Annual report of the Civil Veterinary Department, Bengal, for the year 1897-98 - 1897-1898
Year: 1897
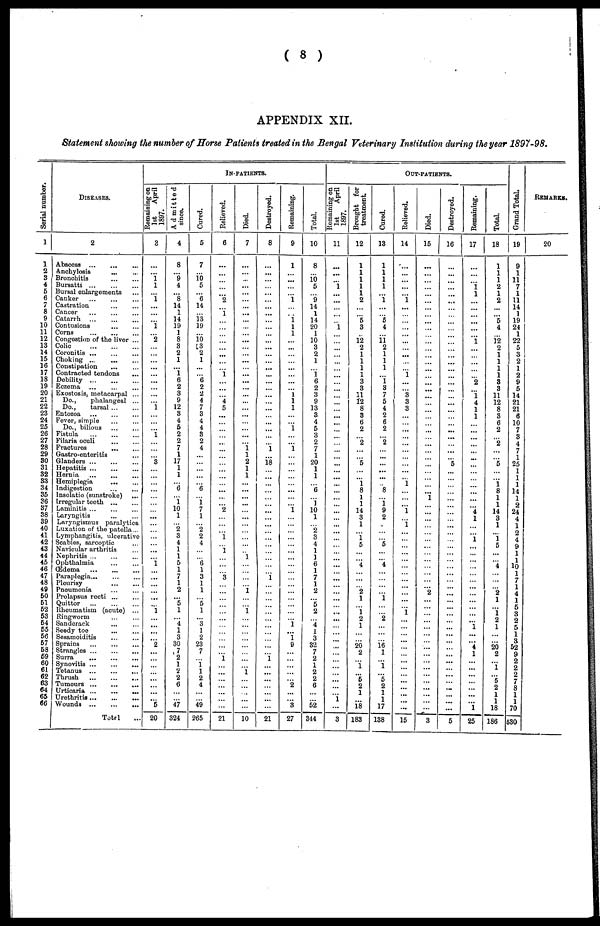
(
8
)
APPENDIX XII.
Statement
showing
the number
of Horse
Patients
treated
in the Bengal
Veterinary
Institution
during
the year
1897-98.
Serial number.
1
1
2
3
4
5
6
7
8
9
10
11
12
13
14
15
16
17
18
19
20
21
22
23
24
25
26
27
28
29
30
31
32
33
34
35
36
37
38
39
40
41
42
43
44
45
46
47
48
49
50
51
52
53
54
55
56
57
58
59
60
61
62
63 64
65
66
DISEASES.
2
Abscess ... ... ...
Anchylosis ... ...
Bronchitis
...
...
Bursatti
...
...
...
Bursal enlargements ...
Canker
...
...
...
Castration
...
...
Cancer
...
...
...
Catarrh ... ... ...
Contusions
...
...
...
Corns
...
...
...
Congestion of the liver ...
Colic
...
...
...
Coronitis
...
...
...
Choking ... ... ...
Constipation ... ...
Contracted tendons ...
Debility
...
...
...
Eczema ... ... ...
Exostosis, metacarpal ...
Do.,
phalangeal ...
Do.,
tarsal ... ...
Entozoa
...
...
...
Fever, simple ... ...
Do., bilious ... ...
Fistula
...
...
...
Filaria oculi
...
...
Fractures
...
...
Gastro-enteritis ...
Glanders
...
...
...
Hepatitis
...
...
...
Hernia
...
...
...
Hemiplegia
... ...
Indigestion
...
...
Insolatio (sunstroke) ...
Irregular teeth
...
...
Laminitis ... ... ...
Laryngitis ... ...
Laryngismus paralytica
Luxation of the patella...
Lymphangitis, ulcerative
Scabies, sarcoptic ...
Navicular arthritis ...
Nephritis
...
...
...
Ophthalmia ... ...
Œdema
...
...
...
Paraplegia... ... ...
Pleurisy ... ...
Pneumonia
...
...
Prolapsus recti
...
...
Quittor ... ... ...
Rheumatism (acute) ...
Ringworm ... ...
Sandcrack ... ...
Seedy
toe
...
...
Sesamoiditis ... ...
Sprains
...
...
...
Strangles
...
...
...
Surra
...
...
...
Synovitis
...
...
...
Tetanus ... ... ...
Thrush
...
...
...
Tumours ... ... ...
Urticaria
...
...
...
Urethritis ...
...
...
Wounds
...
...
...
Total ...
IN-PATIENTS.
Remaining on
1st
April
1897.
3
...
...
1
1
...
1
...
...
...
1
...
2
...
...
...
...
...
...
...
...
...
1
...
...
...
1
...
...
...
3
...
...
...
...
...
...
...
...
...
...
...
...
...
...
1
...
...
...
...
...
...
1
...
...
...
2
...
...
...
...
...
...
...
...
5
20
Admitted
since.
4
8
...
9
4
...
8
14
1
14
19
1
8
3
2
1
...
1
6
2
3
9
12
3
4
5
2
2
7
1
17
1
1
...
6
...
1
10
1
...
2
3
4
1
1
5
1
7
1
2
...
5
1
...
4
1
3
30
7
2
1
2
2
6
...
...
47
324
Cured.
5
7
...
16
5
...
6
14
...
13
19
...
10
13
2
1
...
...
6
2
2
4
7
3
4
4
3
2
4
...
...
...
...
...
6
...
1
7
1
...
2
2
4
...
...
6
1
3
1
1
...
5
1
...
3
1
2
23
7
...
1
1
2
4
...
...
49
265
Relieved.
6
...
...
...
...
...
2
...
1
...
...
...
...
...
...
...
...
1
...
...
...
4
5
...
...
...
...
...
...
...
...
...
...
...
...
...
...
2
...
...
...
1
...
1
...
...
...
3
...
...
...
...
...
...
...
...
...
...
...
1
...
...
...
...
...
...
...
21
Died.
7
...
...
...
...
...
...
...
...
...
...
...
...
...
...
...
...
...
...
...
...
...
...
...
...
...
...
...
1
1
2
1
1
...
...
...
...
...
...
...
...
...
...
...
1
...
...
...
...
1
...
...
1
...
...
...
...
...
...
...
...
1
...
...
...
...
...
10
Destroyed.
8
...
...
...
...
...
...
...
...
...
...
...
...
...
...
...
...
...
...
...
...
...
...
...
...
...
...
...
1
...
18
...
...
...
...
...
...
...
...
...
...
...
...
...
...
...
...
1
...
...
...
...
...
...
...
...
...
...
...
1
...
...
...
...
...
...
...
21
Remaining.
9
1
...
...
...
...
1
...
...
1
1
1
...
...
...
...
...
...
...
...
1
1
1
...
...
1
...
...
1
...
...
...
...
...
...
...
...
1
...
...
...
...
...
...
...
...
...
...
...
...
...
...
...
...
1
...
1
9
...
...
...
...
... 2
...
...
3
27
Total.
10
8
...
10
5
...
9
14
1
14
20
1
10
3
2
1
...
1
6
2
3
9
13
3
4
5
3
2
7
1
20
1
1
...
6
...
1
10
1
...
2
3
4
1
1
6
1
7
1
2
...
5
2
...
4
1
3
32
7
2
1
2
2
6
...
...
52
344
OUT-PATIENTS.
Remaining on
1st
April
1897.
11
...
...
1
...
...
...
...
...
1
...
...
...
...
...
...
...
...
...
...
...
...
...
...
...
...
...
...
...
...
...
...
...
...
...
...
...
...
...
...
...
...
...
...
...
...
...
...
...
...
...
...
...
...
...
...
...
...
...
...
...
...
...
1
...
3
Brought for
treatment.
12
1
1
1
1
1
2
...
...
5
3
...
12
2
1
1
1
1
3
3
11
12
8
3
6
2
...
2
...
...
5
...
...
1
8
1
1
14
3
1
...
1
5
...
...
4
...
...
...
2
1
...
1
2
1
...
20
2
...
1
...
5
2
1
...
18
183
Cured.
13
1
1
1
1
...
1
...
...
5
4
...
11
2
1
1
1
...
1
3
7
5
4
2
6
2
...
2
...
...
...
...
...
...
8
...
1
9
2
...
...
...
5
...
...
4
...
...
...
...
1
...
...
2
...
...
16
1
...
1
...
5
2
1
1
17
138
Relieved.
14
...
...
...
...
...
1
...
...
...
...
...
...
...
...
...
...
1
...
...
3
3
3
...
...
...
...
...
...
...
...
...
...
1
...
...
...
1
...
1
...
...
...
...
...
...
...
...
...
...
...
...
1
...
...
...
...
...
...
...
...
...
...
...
...
...
15
Died.
15
...
...
...
...
...
...
...
...
...
...
...
...
...
...
...
...
...
...
...
...
...
...
...
...
...
...
...
...
...
...
...
...
...
...
1
...
...
...
...
...
...
...
...
...
...
...
...
...
2
...
...
...
...
...
...
...
...
...
...
...
...
...
...
...
...
3
Destroyed.
16
...
...
...
...
...
...
...
...
...
...
...
...
...
...
...
...
...
...
...
...
...
...
...
...
...
...
...
...
5
...
...
...
...
...
...
...
...
...
...
...
...
...
...
...
...
...
...
...
...
...
...
...
...
...
...
...
...
...
...
...
...
...
...
...
5
Remaining.
17
...
...
...
1
1
...
...
...
...
...
...
1
...
...
...
...
...
2
...
...
1 4
1
1
...
...
...
...
...
...
...
...
...
...
...
...
...
...
4 1
...
...
1
...
...
...
...
...
...
...
...
...
...
...
...
...
1 ...
4
1
...
...
...
...
...
...
...
1
25
Total.
18
1
1
1
2
1
2
...
...
5
4
...
12
2
1
1
1
1
3
3
11
12
8
3
6
2
...
2
...
...
5
...
...
1
8
1
1
14
3
1
...
1
5
...
4
...
...
...
2
1
...
1
2
1
...
20
2
...
1
...
5
2
1
1
18
186
Gr and Tot al .
19
9
1
11
7
1
11
14
1
19
24
1
22
5
3
2
1
2
9
5
14
21
21
6
10
7
3
4
7
1
25
1
1
1
14
1
2
24
4
1
0
2
4
9
1
1
10 1
1
7
1
4
1 X
5
3 2
5
1
3
52
9
2
2
2
7
8
1
1
70
530
REMARKS.
20